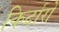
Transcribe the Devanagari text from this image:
किर्दारो